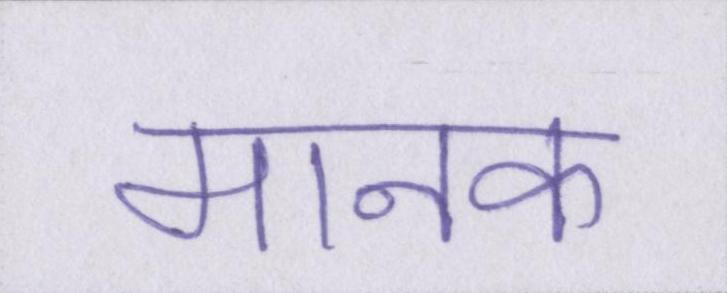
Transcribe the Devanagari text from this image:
मानक